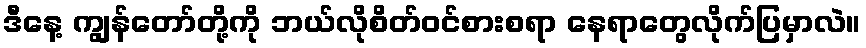
ဒီနေ့ ကျွန်တော်တို့ကို ဘယ်လိုစိတ်ဝင်စားစရာ နေရာတွေလိုက်ပြမှာလဲ။